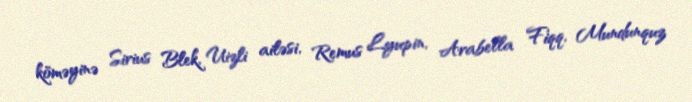
köməyinə Sirius Blek, Uizli ailəsi, Remus Lyupin, Arabella Fiqq, Mundunquz